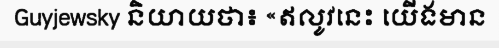
Guyjewsky និយាយថា៖ «ឥលូវនេះ យើងមាន